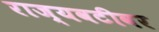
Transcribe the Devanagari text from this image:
राज्यवटीवर